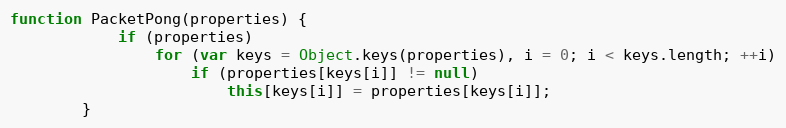
Language: JavaScript
function PacketPong(properties) {
			if (properties)
				for (var keys = Object.keys(properties), i = 0; i < keys.length; ++i)
					if (properties[keys[i]] != null)
						this[keys[i]] = properties[keys[i]];
		}